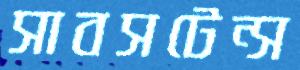
সাবসটেন্স